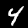
Digit: 4